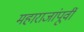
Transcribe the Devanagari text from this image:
महाराजांपूर्वी